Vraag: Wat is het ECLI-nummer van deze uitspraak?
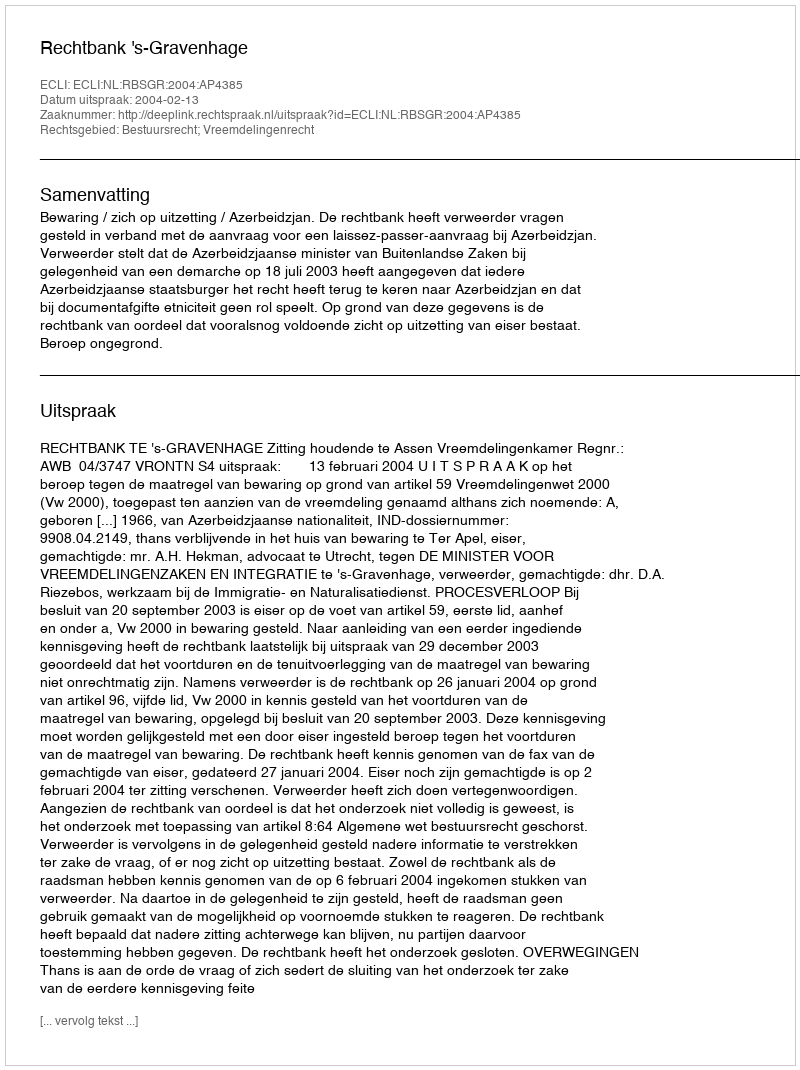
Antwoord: ECLI:NL:RBSGR:2004:AP4385